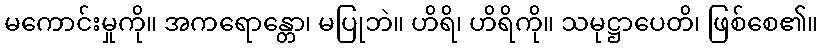
မကောင်းမှုကို။ အကရောန္တော၊ မပြုဘဲ။ ဟိရိ၊ ဟိရိကို။ သမုဋ္ဌာပေတိ၊ ဖြစ်စေ၏။